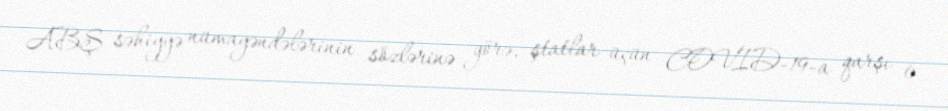
ABŞ səhiyyə nümayəndələrinin sözlərinə görə, ştatlar üçün COVID-19-a qarşı 6